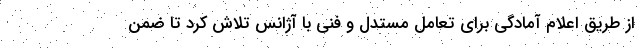
از طریق اعلام آمادگی برای تعامل مستدل و فنی با آژانس تلاش کرد تا ضمن